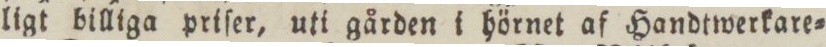
ligt billiga priſer, uti gården i hörnet af Handtwerkare=